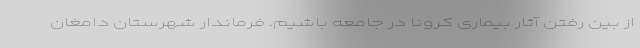
از بین رفتن آثار بیماری کرونا در جامعه باشیم. فرماندار شهرستان دامغان